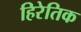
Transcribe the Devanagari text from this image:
हिरेतिक